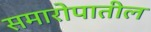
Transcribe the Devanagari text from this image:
समारोपातील